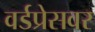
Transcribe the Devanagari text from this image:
वर्डप्रेसवर